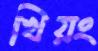
খিয়ং